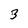
Character: 3